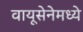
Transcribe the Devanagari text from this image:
वायूसेनेमध्ये